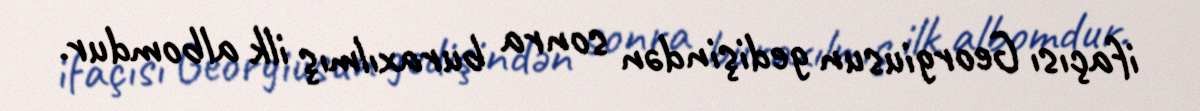
ifaçısı Georgiusun gedişindən sonra buraxılmış ilk albomdur.